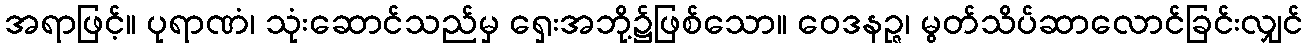
အရာဖြင့်။ ပုရာဏံ၊ သုံးဆောင်သည်မှ ရှေးအဘို့၌ဖြစ်သော။ ဝေဒနဉ္ဇ၊ မွတ်သိပ်ဆာလောင်ခြင်းလျှင်